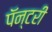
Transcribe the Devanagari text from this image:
पॅन्टरी